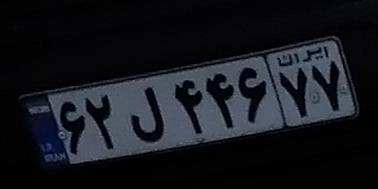
۶۲ل۴۴۶۷۷